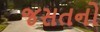
જસતનો